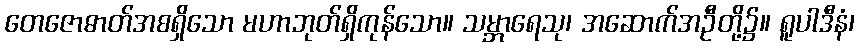
တေဇောဓာတ်အစရှိသော မဟာဘုတ်ရှိကုန်သော။ သမ္ဘာရေသု၊ အဆောက်အဦတို့၌။ ရူပါဒီနံ၊